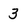
Character: 3